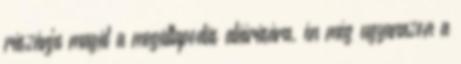
rászánja magát a megállapodás aláírására, én még ugyanazon a